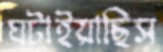
ঘটাইয়াছিস